Lunatic asylums in Bengal annual reports 1888-1898 - 1888-1898
Year: 1888
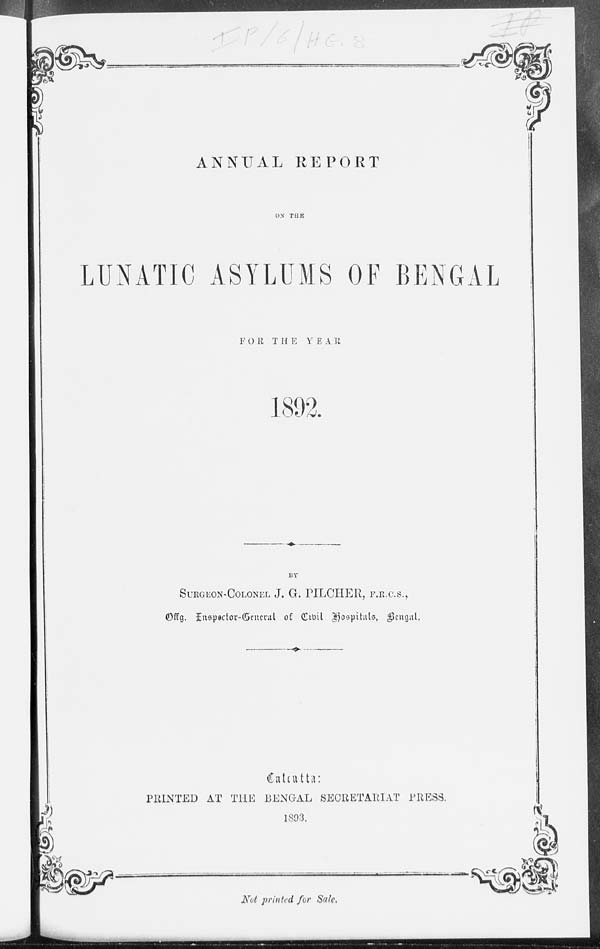
ANNUAL REPORT
ON THE
LUNATIC ASYLUMS OF BENGAL
FOR THE YEAR
1892.
BY
SURGEON-COLONEL J. G. PILCHER, F.R.C.S.,
Offg. Inspector-General of Civil Hospitals, Bengal.
Calcutta:
PRINTED AT THE BENGAL SECRETARIAT PRESS.
1893.
Not printed for Sale.